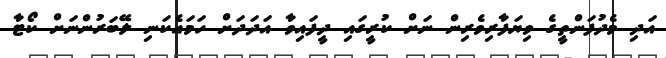
އަދި މެދުފަންތީގެ ވިޔަފާރިވެރިން ނަށް ކުރީގައި ދީފައިވާ އަދަަދަށް ހަމައެކަނި ލޭބަރުންނަށް ކޯޓާ